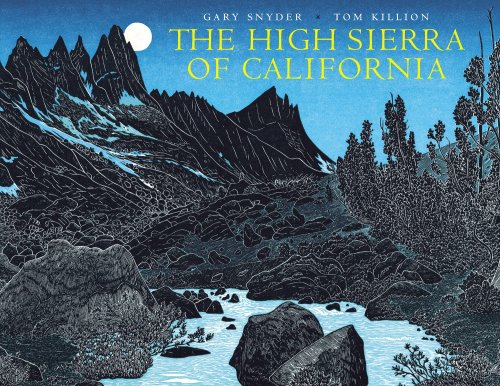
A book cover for High Sierra of California, The; Gary Snyder; Arts & Photography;